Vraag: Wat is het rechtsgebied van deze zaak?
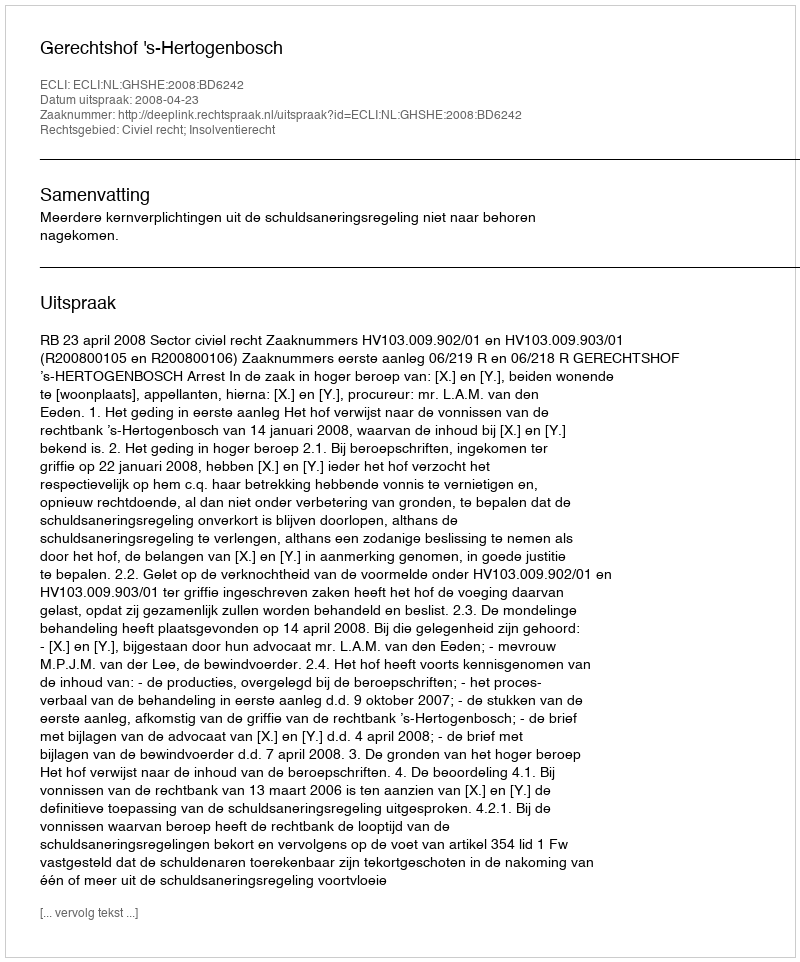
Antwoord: Civiel recht; Insolventierecht